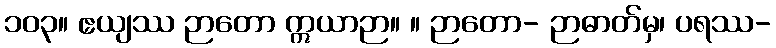
၁၀၃။ ဧယျဿ ဉာတော ဣယာဉာ။ ။ ဉာတော- ဉာဓာတ်မှ၊ ပရဿ-